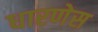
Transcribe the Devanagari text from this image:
धारणेस